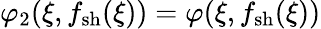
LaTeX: \varphi_{2}(\xi,f_{\mathrm{sh}}(\xi))=\varphi(\xi,f_{\mathrm{sh}}(\xi))